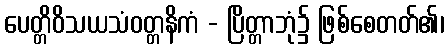
ပေတ္တိဝိသယသံဝတ္တနိကံ - ပြိတ္တာဘုံ၌ ဖြစ်စေတတ်၏၊